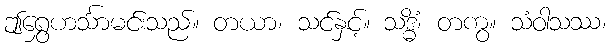
ဤရွှေဟင်္သာမင်းသည်။ တယာ၊ သင်နှင့်။ သဒ္ဓိံ၊ တကွ။ သံဝါသဿ၊